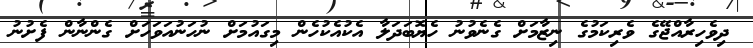
ދިވެހިރާއްޖޭގެ ވެރިކަމުގެ ނިޒާމަށް ގެނެވުނު ހެޔޮބަދަލާ އެކުއެކުހެން މިގައުމަށް ނުހަނުއަވަހަށް ގެންނާން ފެށުނު